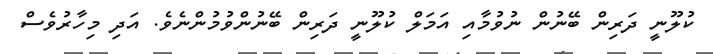
ކުލޫނީ ދަރިން ބޭނުން ނުވުމާއި އަމަލް ކުލޫނީ ދަރިން ބޭނުންވުމުންނެވެ. އަދި މިހާރުވެސް